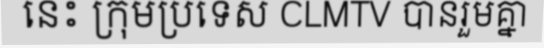
នេះ ក្រុមប្រទេស CLMTV បានរួមគ្នា